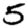
Digit: 5